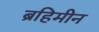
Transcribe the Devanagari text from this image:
ब्रहिमीन